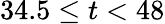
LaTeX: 34.5\leq t<48